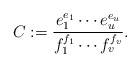
\begin{align*}C:=\frac{e_1^{e_1}\cdots e_u^{e_u}}{f_1^{f_1}\cdots f_v^{f_v}}.\end{align*}